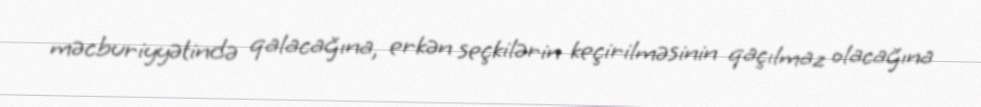
məcburiyyətində qalacağına, erkən seçkilərin keçirilməsinin qaçılmaz olacağına